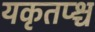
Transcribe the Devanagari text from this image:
यकृतप्श्च